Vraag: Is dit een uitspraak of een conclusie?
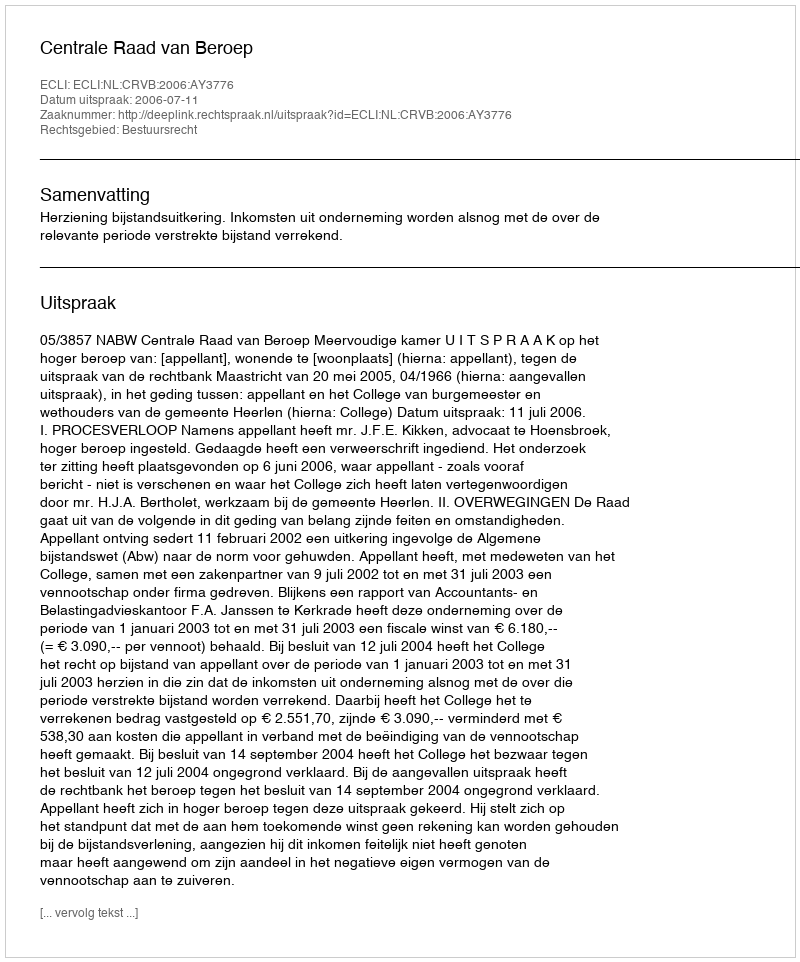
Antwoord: Uitspraak